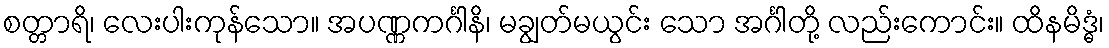
စတ္တာရိ၊ လေးပါးကုန်သော။ အပဏ္ဏကင်္ဂါနိ၊ မချွတ်မယွင်း သော အင်္ဂါတို့ လည်းကောင်း။ ထိနမိဒ္ဓံ၊